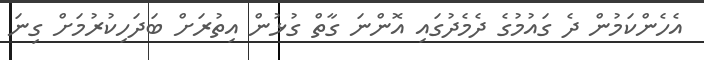
އެހެންކަމުން ދެ ގައުމުގެ ދެމެދުގައި އޮންނަ ގާތް ގުޅުން އިތުރަށް ބަދަހިކުރުމަށް ގިނަ